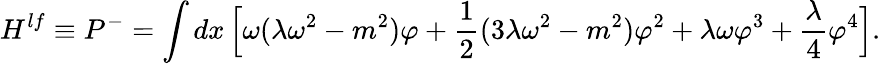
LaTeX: {H^{lf}\equiv P^{-}}=\int dx\, \Bigl[\omega(\lambda\omega^{2}-m^{2})\varphi+{\frac{1}{2}}(3\lambda\omega^{2}-m^{2})\varphi^{2}+\lambda\omega\varphi^{3}+{\frac{\lambda}{4}}\varphi^{4}\Bigr].